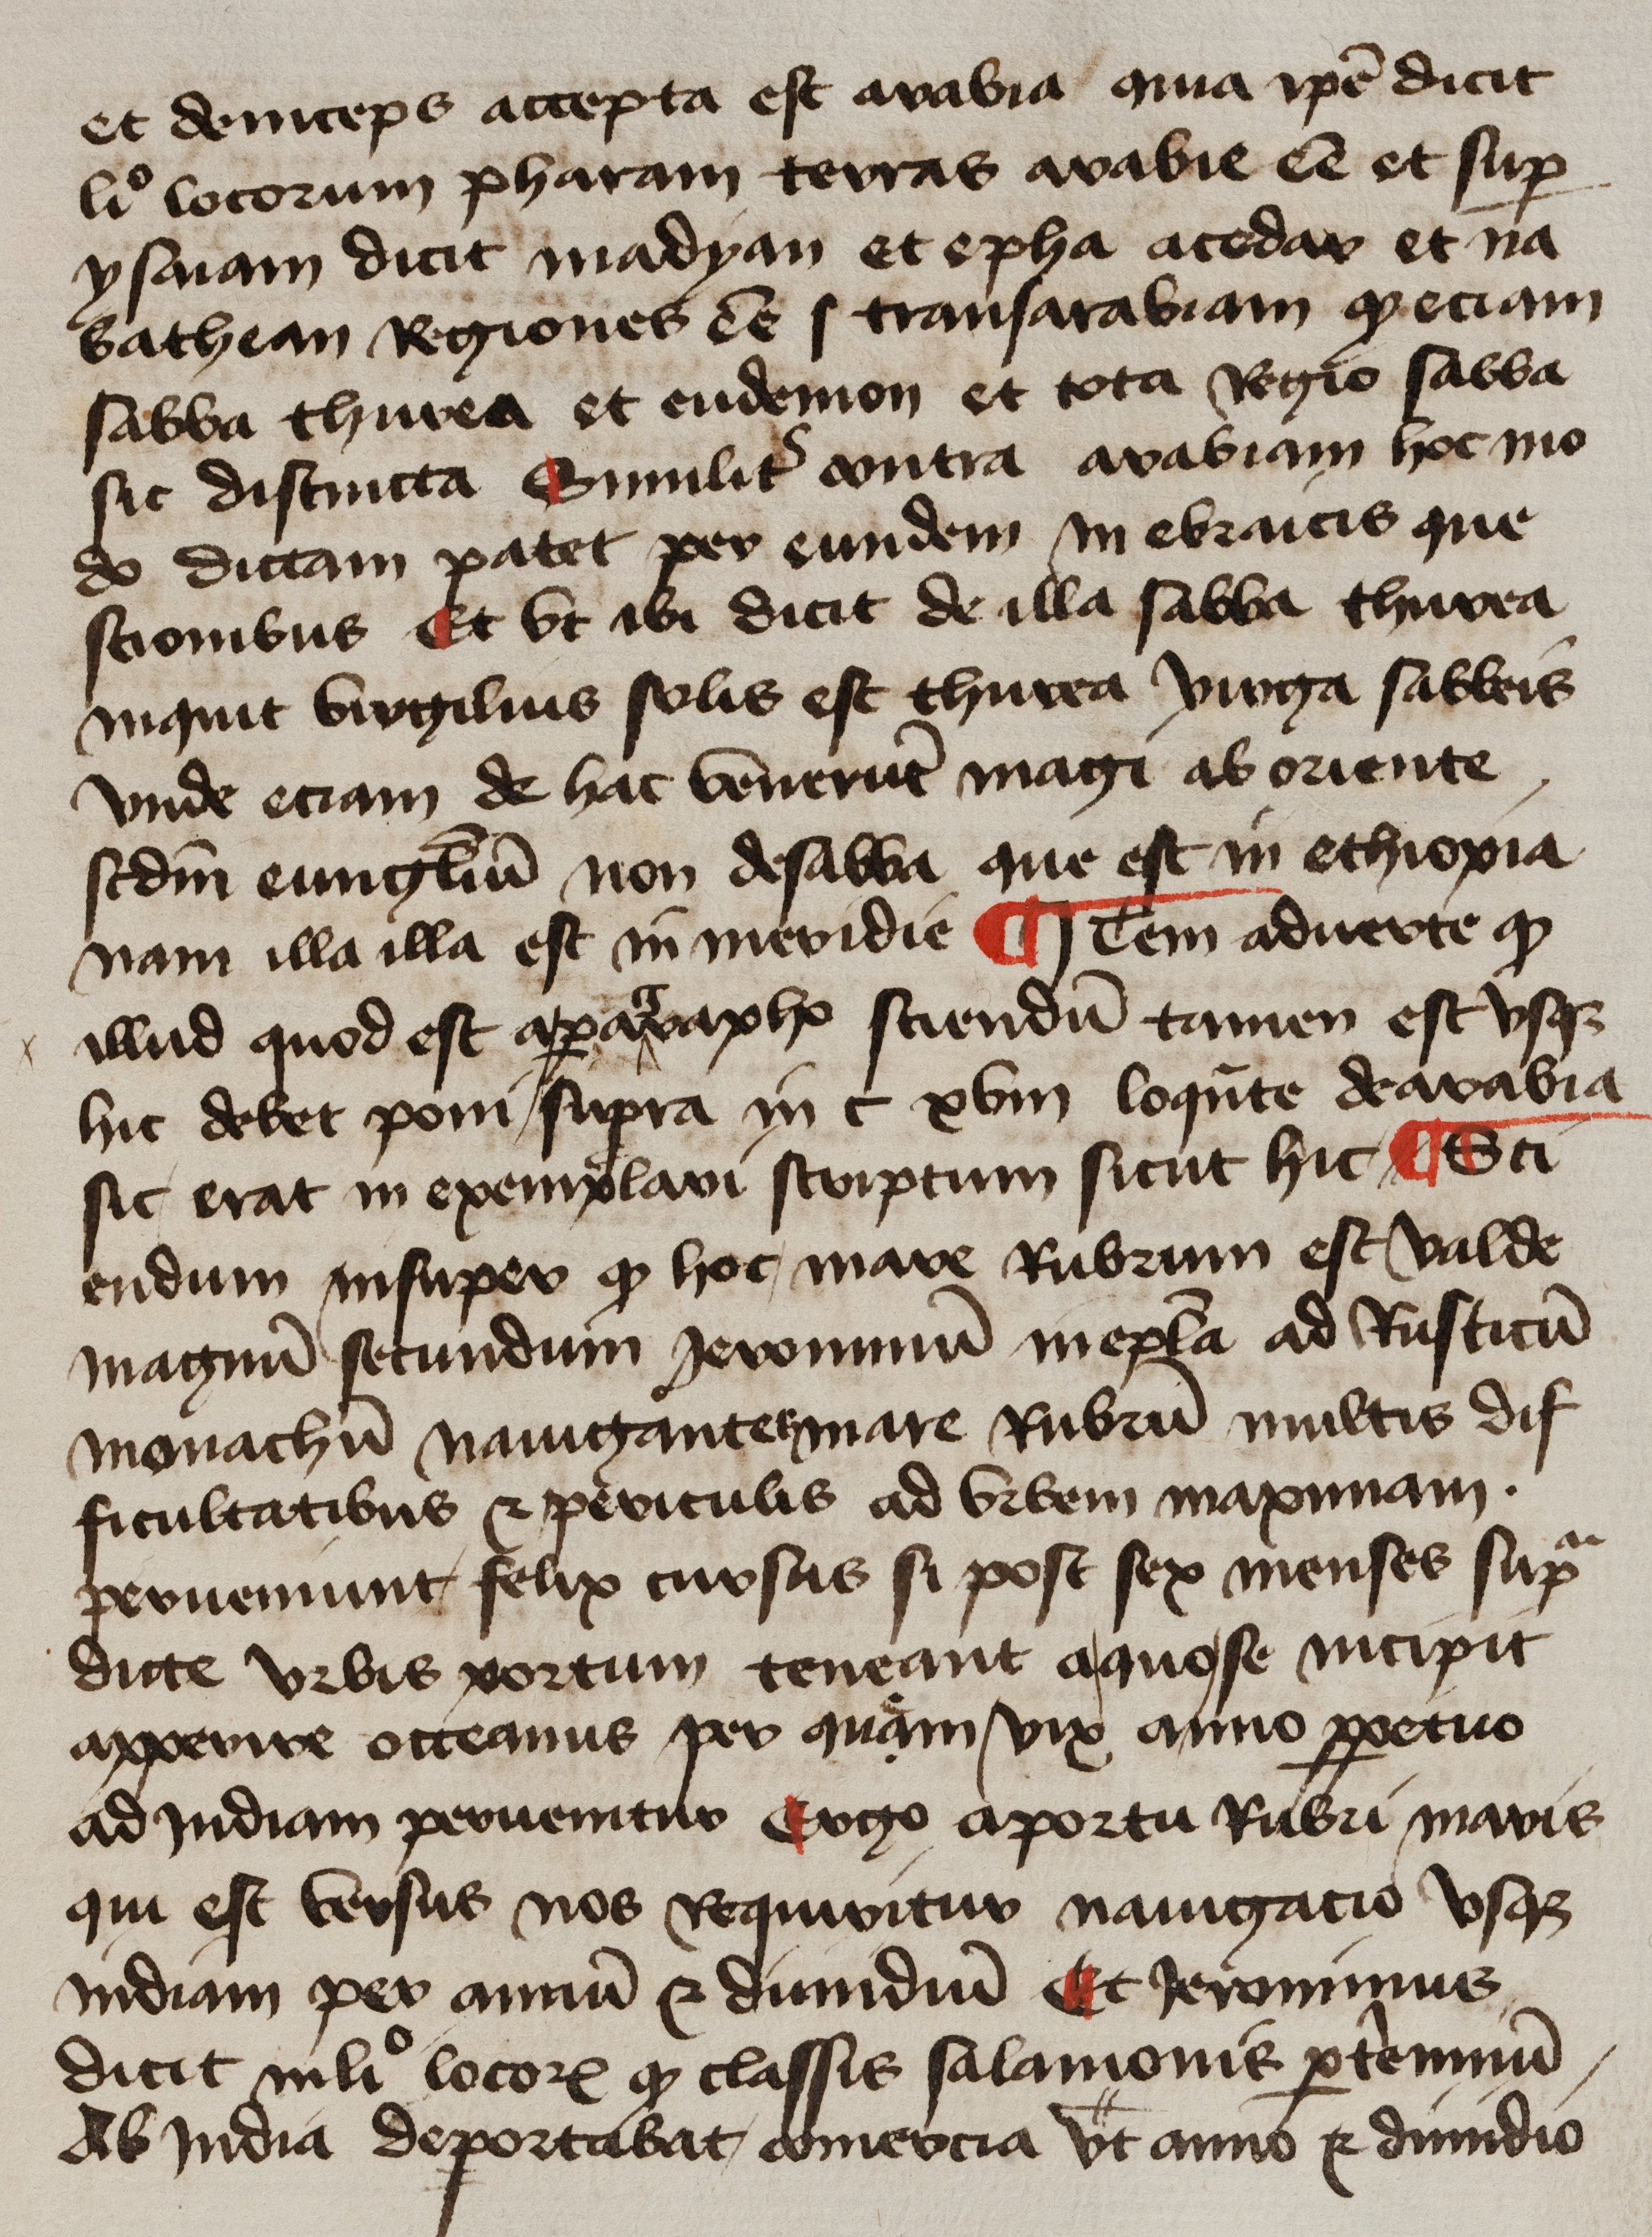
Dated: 1425–1449